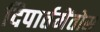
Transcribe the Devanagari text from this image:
दिपार्तमेंतोस